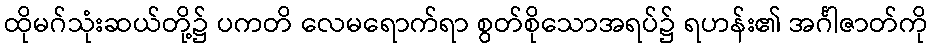
ထိုမဂ်သုံးဆယ်တို့၌ ပကတိ လေမရောက်ရာ စွတ်စိုသောအရပ်၌ ရဟန်း၏ အင်္ဂါဇာတ်ကို